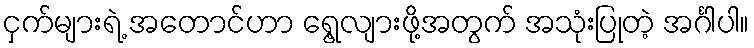
ငှက်များရဲ့ အတောင်ဟာ ရွေ့လျားဖို့အတွက် အသုံးပြုတဲ့ အင်္ဂါပါ။